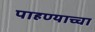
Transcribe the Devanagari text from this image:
पाहण्याच्चा